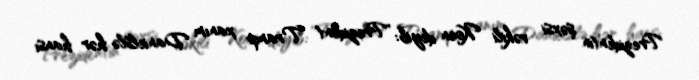
Prezidentin şəxsi vəkili Koen deyib: "Prezident Tramp xanım Danielslə hər hansı